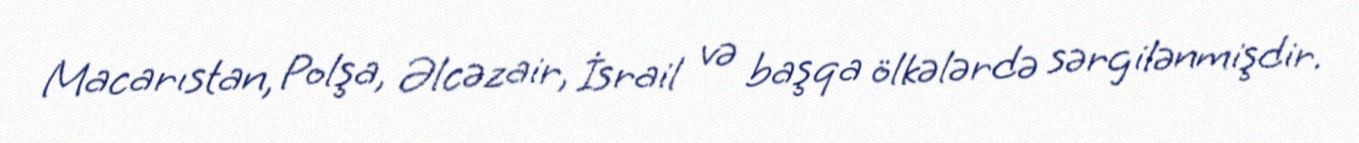
Macarıstan, Polşa, Əlcəzair, İsrail və başqa ölkələrdə sərgilənmişdir.